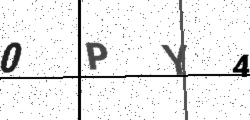
Text: 0PY4